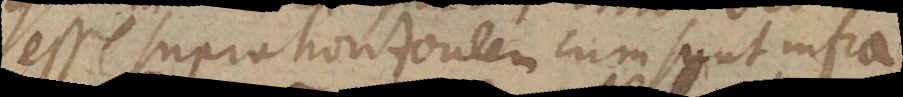
esse supra horizontem cum sunt infra